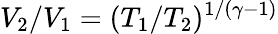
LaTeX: V_{2}/V_{1}=(T_{1}/T_{2})^{1/(\gamma-1)}